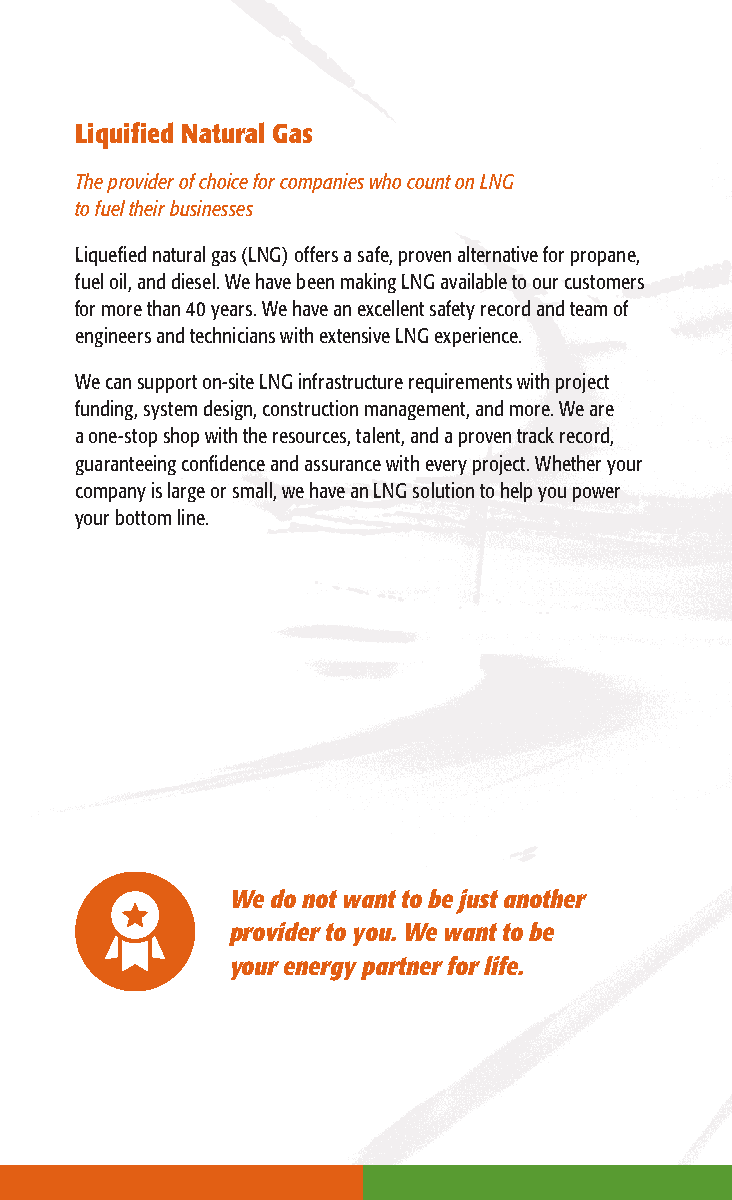
Liquified Natural Gas
 The provider of choice for companies who count on LNG
 to fuel their businesses
 Liquefied natural gas (LNG) offers a safe, proven alternative for propane,
 fuel oil, and diesel. We have been making LNG available to our customers
 for more than 40 years. We have an excellent safety record and team of
 engineers and technicians with extensive LNG experience.
 We can support on-site LNG infrastructure requirements with project
 funding, system design, construction management, and more. We are
 a one-stop shop with the resources, talent, and a proven track record,
 guaranteeing confidence and assurance with every project. Whether your
 company is large or small, we have an LNG solution to help you power
 your bottom line.
 We do not want to be just another
 provider to you. We want to be
 your energy partner for life.